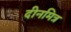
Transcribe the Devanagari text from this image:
दीनमित्र